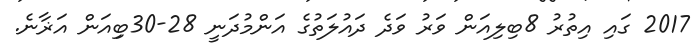
2017 ގައި އިތުރު 8ބިލިއަން ވަރު ވަދެ ދައުލަތުގެ އަންމުދަނީ 28-30ބިިއަން އަޜާނެ.